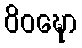
ဝိဝဍ္ဎော